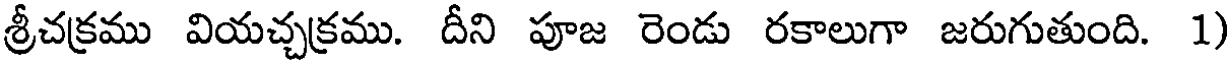
శ్రీచక్రము వియచ్చక్రము. దీని పూజ రెండు రకాలుగా జరుగుతుంది. 1)